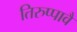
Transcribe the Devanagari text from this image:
तिरुप्पावै